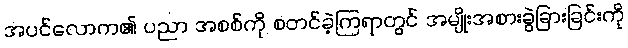
အပင်လောက၏ ပညာ အစစ်ကို စတင်ခဲ့ကြရာတွင် အမျိုးအစားခွဲခြားခြင်းကို